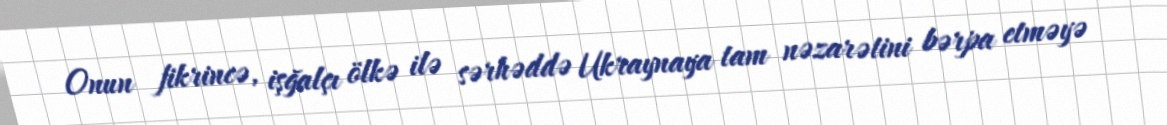
Onun fikrincə, işğalçı ölkə ilə sərhəddə Ukraynaya tam nəzarətini bərpa etməyə